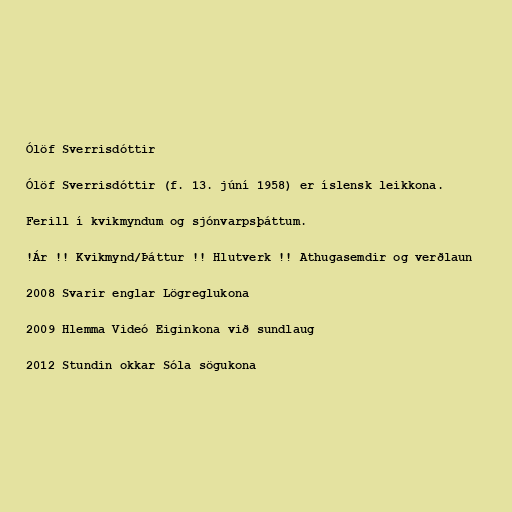
Ólöf Sverrisdóttir

Ólöf Sverrisdóttir (f. 13. júní 1958) er íslensk leikkona.

Ferill í kvikmyndum og sjónvarpsþáttum.

!Ár !! Kvikmynd/Þáttur !! Hlutverk !! Athugasemdir og verðlaun

2008 Svarir englar Lögreglukona

2009 Hlemma Videó Eiginkona við sundlaug

2012 Stundin okkar Sóla sögukona